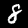
Digit: 8